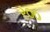
ર૦૦